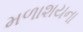
મળાશયના